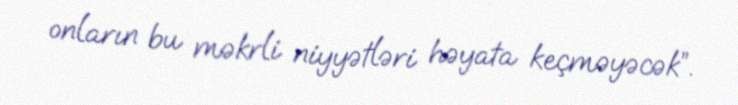
onların bu məkrli niyyətləri həyata keçməyəcək”.